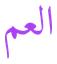
العم